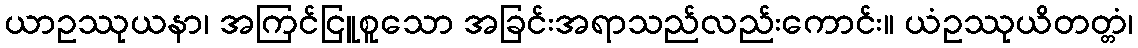
ယာဥဿုယနာ၊ အကြင်ငြူစူသော အခြင်းအရာသည်လည်းကောင်း။ ယံဥဿုယိတတ္တံ၊